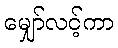
မျှော်လင့်ကာ